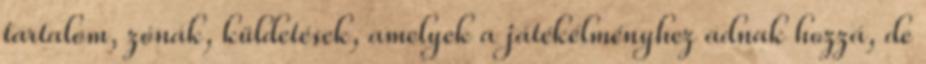
tartalom, zónák, küldetések, amelyek a játékélményhez adnak hozzá, de